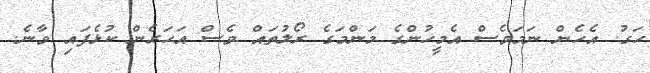
ހަގު. އެހެން ނަމަވެސް އެމީހުންގެ މަންމަގެ ރޯލުތައް ވެސް އަހަރެން ކުޅެފައި ވާނެ.